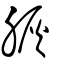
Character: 脄